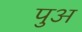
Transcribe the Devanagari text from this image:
पुअ